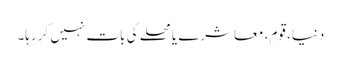
دنیا، قوم، معاشرے یا محلے کی بات نہیں کررہا۔